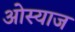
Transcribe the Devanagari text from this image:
ओस्याज